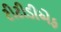
ટીટીડીએફ